Sketch of the medical history of the native army of Bombay, for the year
Year: 1875
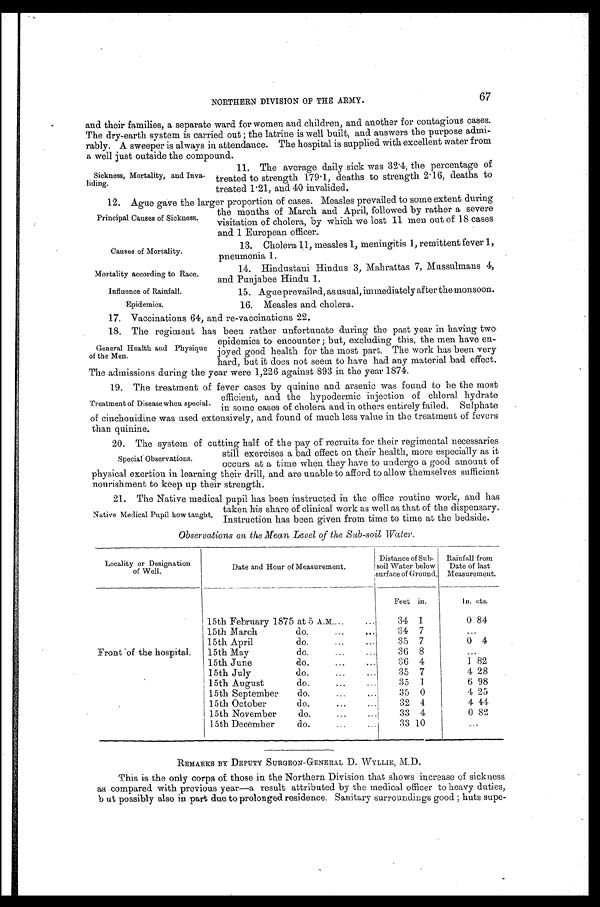
Principal Causes of Sickness.
Causes of Mortality.
Mortality according to Race.
Influence of Rainfall.
Epidemics.
NORTHERN DIVISION OF THE ARMY.
67
and their families, a separate ward for women and children, and another for contagious cases.
The dry-earth system is carried out; the latrine is well built, and answers the purpose admi--
rably. A sweeper is always in attendance. The hospital is supplied with excellent water from
a well just outside the compound.
11. The average daily sick was 32.4, the percentage of
treated to strength 179.1, deaths to strength 2.16, deaths to
treated 1.21, and 40 invalided.
12. Ague gave the larger proportion of cases. Measles prevailed to some extent during
the months of March and April, followed by rather a severe
visitation of cholera, by which we lost 11 men out of 18 cases
and 1 European officer.
13. Cholera 11, measles 1, meningitis 1, remittent fever 1,
pneumonia 1.
14. Hindustani Hindus 3, Mahrattas 7, Mussulmans 4,
and Punjabee Hindu 1.
15. Ague prevailed, as usual, immediately after the monsoon.
16. Measles and cholera.
17. Vaccinations 64, and re-vaccinations 22.
18. The regiment has been rather unfortunate during the past year in having two
epidemics to encounter; but, excluding this, the men have en--
joyed good health for the most part. The work has been very
hard, but it does not seem to have had any material bad effect.
The admissions during the year were 1,226 against 893 in the year 1874.
19. The treatment of fever cases by quinine and arsenic was found to he the most
efficient, and the hypodermic injection of chloral hydrate
in some cases of cholera and in others entirely failed. Sulphate
of cinchonidine was used extensively, and found of much less value in the treatment of fevers
than quinine.
20. The system of cutting half of the pay of recruits for their regimental necessaries
still exercises a bad effect on their health, more especially as it
occurs at a time when they have to undergo a good amount of
physical exertion in learning their drill, and are unable to afford to allow themselves sufficient
nourishment to keep up their strength.
21. The Native medical pupil has been instructed in the office routine work, and has
taken his share of clinical work as well as that of the dispensary.
Instruction has been given from time to time at the bedside.
Observations on the Mean Level of the Sub-soil Water.
Locality or Designation
of Well.
Date and Hour of Measurement.
Distance of Sub-
soil Water below
surface of Ground.
Rainfall from
Date of last
Measurement.
Feet in.
In. ets.
Front of the hospital.
15th February 1875 at 5 A.M
34 1
0 84
15th March
do.
34 7
...
15th April do.
35 7
0 4
15th May do.
36 8
...
15th June do.
36 4
1 82
15th July do.
35 7
4 28
15th August do.
35 1
6 98
15th September do.
35 0
4 25
15th October do.
32 4
4 44
15th November do.
33 4
0 82
15th December
do.
33 10
...
REMARKS BY DEPUTY SURGEON-GENERAL D. WYLLIE, M.D.
This is the only corps of those in the Northern Division that shows increase of sickness
as compared with previous year—a result attributed by the medical officer to heavy duties,
but possibly also in part due to prolonged residence. Sanitary surroundings good; huts supe-
Sickness, Mortality, and Inva-
liding.
General Health and Physique
of the Men.
Treatment of Disease when special.
Special Observations.
Native Medical Pupil how taught.